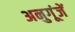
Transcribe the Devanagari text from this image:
अनुगूंजें